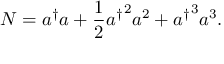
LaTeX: N = a ^ { \dagger } a + \frac { 1 } { 2 } { a ^ { \dagger } } ^ { 2 } a ^ { 2 } + { a ^ { \dagger } } ^ { 3 } a ^ { 3 } .